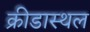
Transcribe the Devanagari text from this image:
क्रीडास्थल